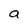
Character: a